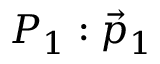
P _ { 1 } : { \vec { p } } _ { 1 }